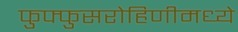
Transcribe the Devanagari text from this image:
फुफ्फुसरोहिणीमध्ये